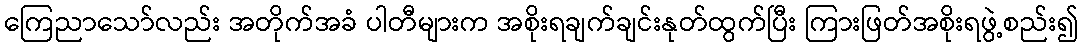
ကြေညာသော်လည်း အတိုက်အခံ ပါတီများက အစိုးရချက်ချင်းနုတ်ထွက်ပြီး ကြားဖြတ်အစိုးရဖွဲ့စည်း၍